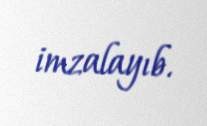
imzalayıb.